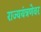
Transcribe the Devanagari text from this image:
राज्ययंत्रणेवर